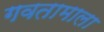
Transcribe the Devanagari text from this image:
गवतामाला